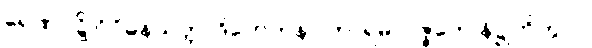
ရေဏုဝဋ္ဋိ ဝိဝိဓနယတ္တာဒိဟေတုနာ ကာရမာပဇ္ဇတေ နိဋ္ဌုဘိတွာဝ